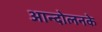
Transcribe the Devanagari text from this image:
आन्दोलनके